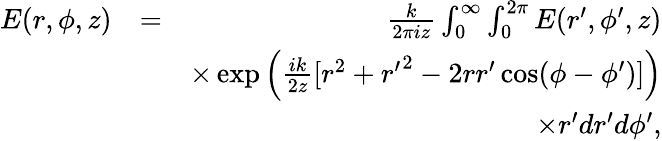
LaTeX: \begin{array}{rlr}{E(r,\phi,z)}&{=}&{\frac{k}{2\pi iz}\int_{0}^{\infty}\int_{0}^{2\pi}E(r^{\prime},\phi^{\prime},z)}\\ &{}&{\times\exp\left(\frac{ik}{2z}[r^{2}+{r^{\prime}}^{2}-2rr^{\prime}\cos(\phi-\phi^{\prime})]\right)}\\ &{}&{\times r^{\prime}dr^{\prime}d\phi^{\prime},}\end{array}